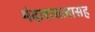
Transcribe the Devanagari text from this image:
मंदाराचलासह